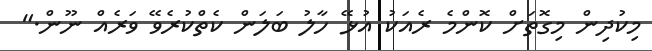
މިކުދިން މިގޮތަށް ކޮންމެ ރެއަކު އުޅޭ ހާލު ބަލަން ކެތްކުރެވޭ ވަރެއް ނޫން."